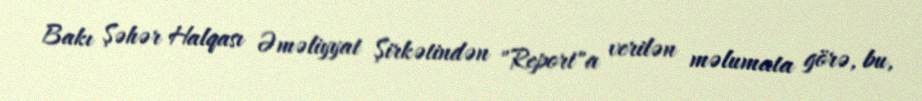
Bakı Şəhər Halqası Əməliyyat Şirkətindən "Report"a verilən məlumata görə, bu,